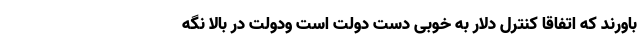
باورند که اتفاقا کنترل دلار به خوبی دست دولت است ودولت در بالا نگه